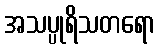
အသပ္ပုရိသတရော